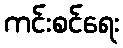
ကင်းစင်ရေး